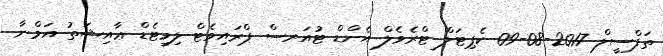
ތަފްސީލް 2017-08-09 ކެޕިޓަލް ޓްރެވެލް އެންޑް ޓުއަރސް ޕްރައިވެޓް ލިމިޓެޑް ޢާއިޝަތު އަމްނާ